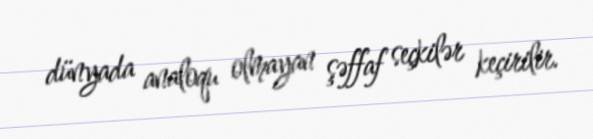
dünyada analoqu olmayan şəffaf seçkilər keçirilir.